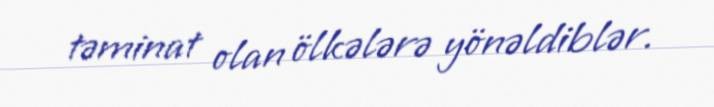
təminat olan ölkələrə yönəldiblər.